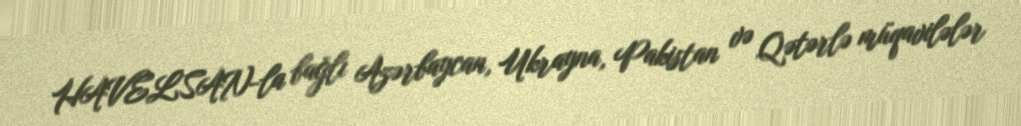
HAVELSAN-la bağlı Azərbaycan, Ukrayna, Pakistan və Qətərlə müqavilələr